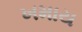
ખમાય